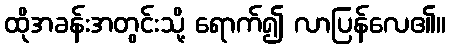
ထိုအခန်းအတွင်းသို့ ရောက်၍ လာပြန်လေ၏။